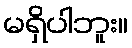
မရှိပါဘူး။